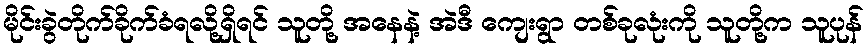
မိုင်းခွဲတိုက်ခိုက်ခံရလို့ရှိရင် သူတို့ အနေနဲ့ အဲဒီ ကျေးရွာ တစ်ခုလုံးကို သူတို့က သူပုန်